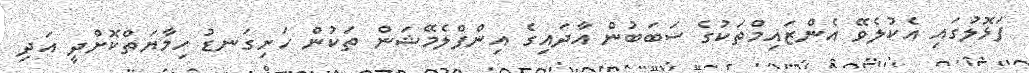
ފަޅޮލުގައި އެކުލެވޭ އެންޒައިމްތަކުގެ ސަބަބުން އާދައިގެ އިންފްލެމޭޝަން ތަކުން ހަށިގަނޑު ހިމާޔަތްކޮށްދީ އަދި